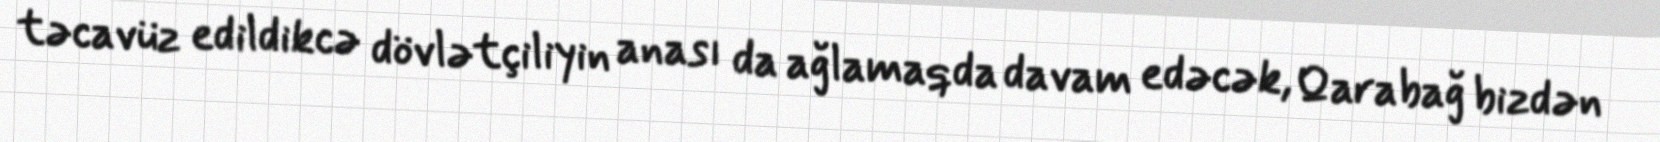
təcavüz edildikcə dövlətçiliyin anası da ağlamaqda davam edəcək, Qarabağ bizdən